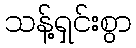
သန့်ရှင်းစွာ